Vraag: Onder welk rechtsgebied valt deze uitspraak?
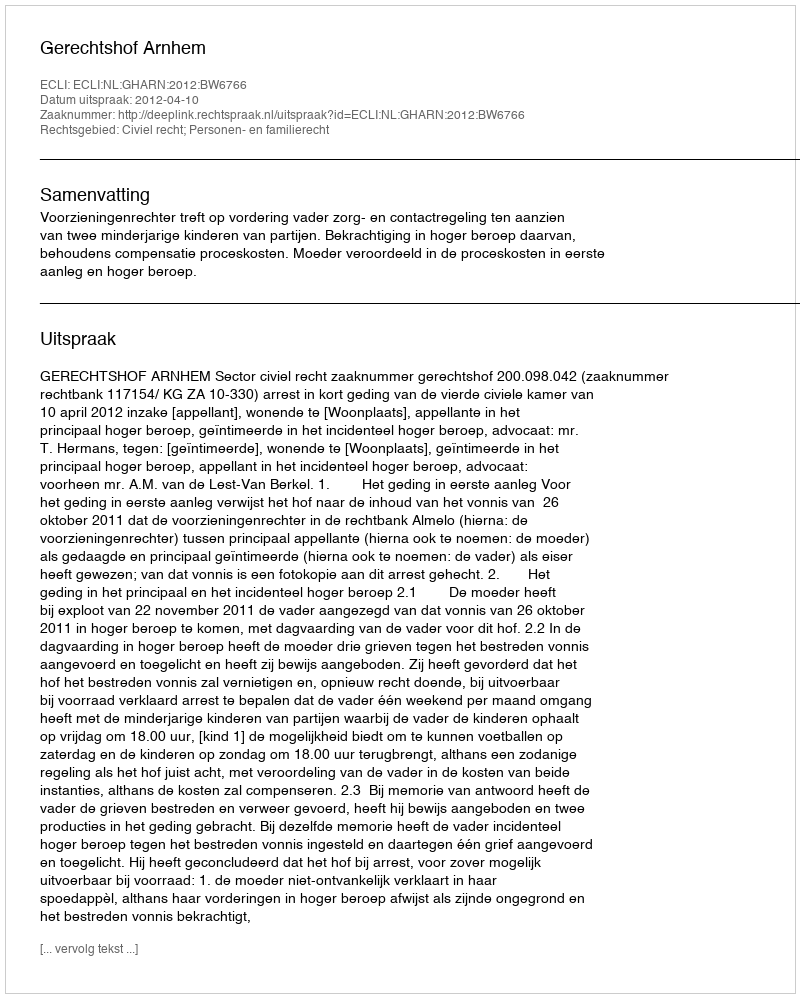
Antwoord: Civiel recht; Personen- en familierecht